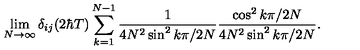
\lim _ { N \rightarrow \infty } \delta _ { i j } ( 2 \hbar T ) \sum _ { k = 1 } ^ { N - 1 } \frac { 1 } { 4 N ^ { 2 } \sin ^ { 2 } k \pi / 2 N } \frac { \cos ^ { 2 } k \pi / 2 N } { 4 N ^ { 2 } \sin ^ { 2 } k \pi / 2 N } .